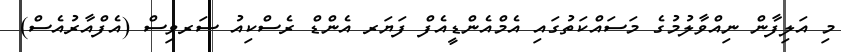
މި އަލިފާން ނިއްވާލުމުގެ މަސައްކަތުގައި އެމްއެންޑީއެފް ފަޔަރ އެންޑް ރެސްކިއު ސަރވިސް (އެފްއާރުއެސް)